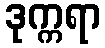
ဒုက္ကရာ